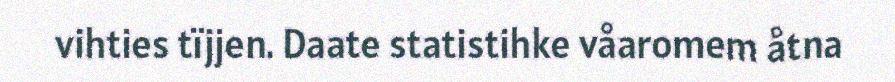
vihties tïjjen. Daate statistihke våaromem åtna